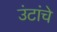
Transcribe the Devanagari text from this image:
उंटांचे